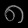
Digit: ၈